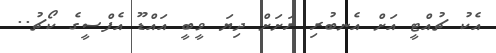
އެކު ޗުއްޓީ އަށް އެނބުރި ރަށަށް ދިޔަ ވީބީ އައްޑޫ އެފްސީގެ ކޯޗު..